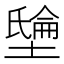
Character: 𡑘